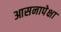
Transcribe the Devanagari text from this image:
आसनापेक्षा